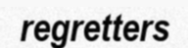
regretters